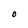
Character: O